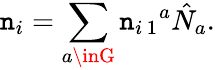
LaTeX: \mathtt{n}_{i}=\sum_{a\inG}\mathtt{n}_{i\, 1}{}^{a}\hat{{N}}_{a}.